Annual returns of the Patna Lunatic Asylum at Bankipore in Bihar and Orissa - 1912-1924
Year: 1912
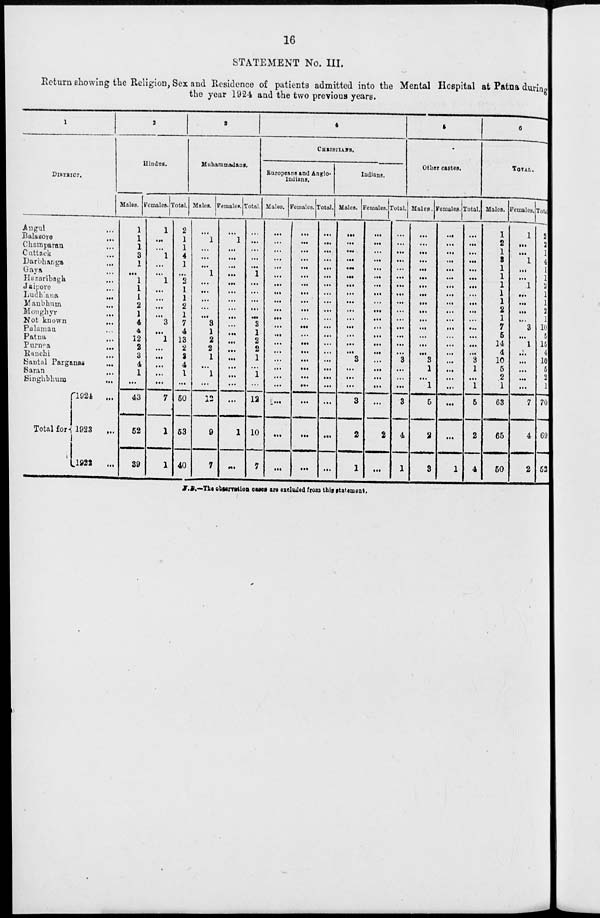
16
STATEMENT No. III.
Return showing the Religion, Sex and Residence of patients admitted into the Mental Hospital at Patna during
the year 1924 and the two previous years.
1
DISTRICT.
Angul ...
Balasore
...
Champaran ...
Cuttack ...
Darbhanga ...
Gaya ...
Hazaribagh ...
Jaipore ...
Ludhiana
...
Manbhum
...
Monghyr ...
Not known ...
Palamau ...
Patna ...
Purnea
...
Ranchi ...
Santal Parganas ...
Saran
...
Singhbhum
...
Total for
1924
...
1923
...
1922
...
2
Hindus.
Males.
1
1
1
3
1
...
1
1
1
2
1
4
4
12
2
3
4
1
...
43
52
39
Females.
1
...
...
1
...
...
1
...
...
...
...
3
...
1
...
...
...
...
...
7
1
1
Total.
2
1
1
4
1
...
2
1
1
2
1
7
4
13
2
2
4
1
...
50
53
40
3
Muhammadans.
Males.
1
...
...
...
1
...
...
...
...
...
3
1
2
2
1
...
1
...
12
9
7
Females.
...
1
...
...
...
...
...
...
...
...
...
...
...
...
...
...
...
...
...
...
1
...
Total.
...
...
...
...
...
1
...
...
...
...
...
3
1
2
2
1
...
1
...
12
10
7
4
CHRISTIANS.
Europeans and Anglo¬
Indians.
Males.
...
...
...
...
...
...
...
...
...
...
...
...
...
...
...
...
...
...
...
...
...
...
Feinales.
...
...
...
...
...
...
...
...
...
...
...
...
...
...
...
...
...
...
...
...
...
...
Total.
...
...
...
...
...
...
...
...
...
...
...
...
...
...
...
...
...
...
...
...
...
...
Indians.
Males.
...
...
...
...
...
...
...
...
...
...
...
...
...
...
...
3
...
...
...
3
2
1
Females.
...
...
...
...
...
...
...
...
...
...
...
...
...
...
...
...
...
...
...
...
2
...
Total.
...
...
...
...
...
...
...
...
...
...
...
...
...
...
...
3
...
...
...
3
4
1
5
Other castes.
Males.
...
...
...
...
...
...
...
...
...
...
...
...
...
...
...
3
1
...
1
5
2
3
Females.
...
...
...
...
...
...
...
...
...
...
...
...
...
...
...
...
...
...
...
...
...
1
Total.
...
...
...
...
...
...
...
...
...
...
...
...
...
...
...
3
1
...
1
5
2
4
6
TOTAL.
Males,
1
2
1
3
1
1
1
1
1
2
1
7
5
14
4
10
5
2
1
63
65
50
Females.
1
...
...
1
...
...
1
...
...
...
...
3
...
1
...
...
...
...
...
7
4
2
Total
2
2
1
4
1
1
2
1
1
2
1
10
5
15
4
10
5
2
1
70
69
52
N.B.—The observation cases are excluded from this statement.